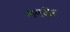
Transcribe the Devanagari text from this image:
मनशेर